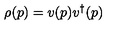
\rho ( p ) = v ( p ) v ^ { \dagger } ( p )